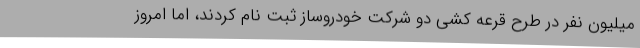
میلیون نفر در طرح قرعه کشی دو شرکت خودروساز ثبت نام کردند، اما امروز